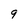
Character: 9